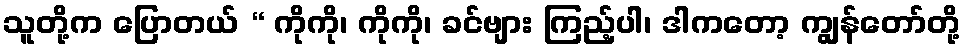
သူတို့က ပြောတယ် “ ကိုကို၊ ကိုကို၊ ခင်ဗျား ကြည့်ပါ၊ ဒါကတော့ ကျွန်တော်တို့